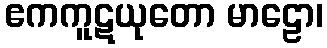
ဧကကူဋယုတော မာဠော၊